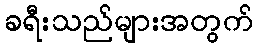
ခရီးသည်များအတွက်